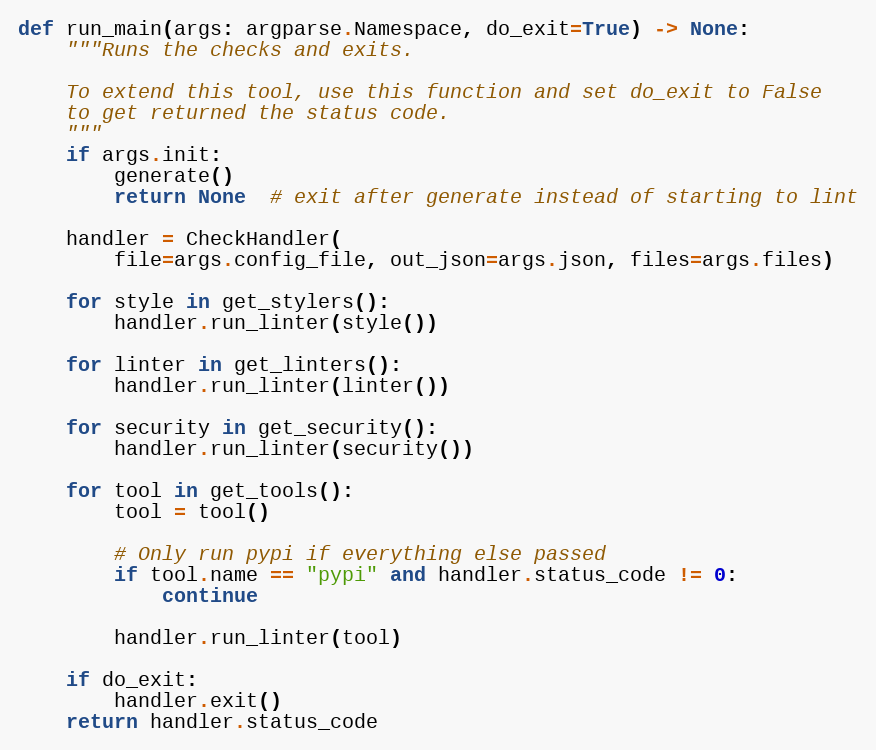
Language: Python
def run_main(args: argparse.Namespace, do_exit=True) -> None:
    """Runs the checks and exits.

    To extend this tool, use this function and set do_exit to False
    to get returned the status code.
    """
    if args.init:
        generate()
        return None  # exit after generate instead of starting to lint

    handler = CheckHandler(
        file=args.config_file, out_json=args.json, files=args.files)

    for style in get_stylers():
        handler.run_linter(style())

    for linter in get_linters():
        handler.run_linter(linter())

    for security in get_security():
        handler.run_linter(security())

    for tool in get_tools():
        tool = tool()

        # Only run pypi if everything else passed
        if tool.name == "pypi" and handler.status_code != 0:
            continue

        handler.run_linter(tool)

    if do_exit:
        handler.exit()
    return handler.status_code